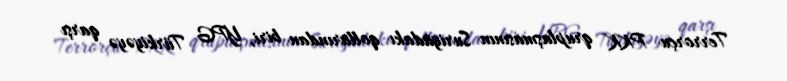
Terrorçu PKK qruplaşmasının Suriyadakı qollarından biri, YPG Türkiyəyə qarşı